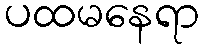
ပထမနေရာ